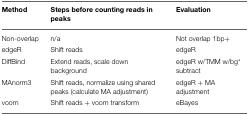
| Method | Steps before counting reads in peaks | Evaluation |
 | --- | --- | --- |
 | Non-overlap | n/a | Not overlap 1bp+ |
 | edgeR | Shift reads | edgeR |
 | DiffBind | Extend reads, scale down background | edgeR w/TMM w/bg* subtract |
 | MAnorm3 | Shift reads, normalize using shared peaks (calculate MA adjustment) | edgeR + MA adjustment |
 | voom | Shift reads + voom transform | eBayes |